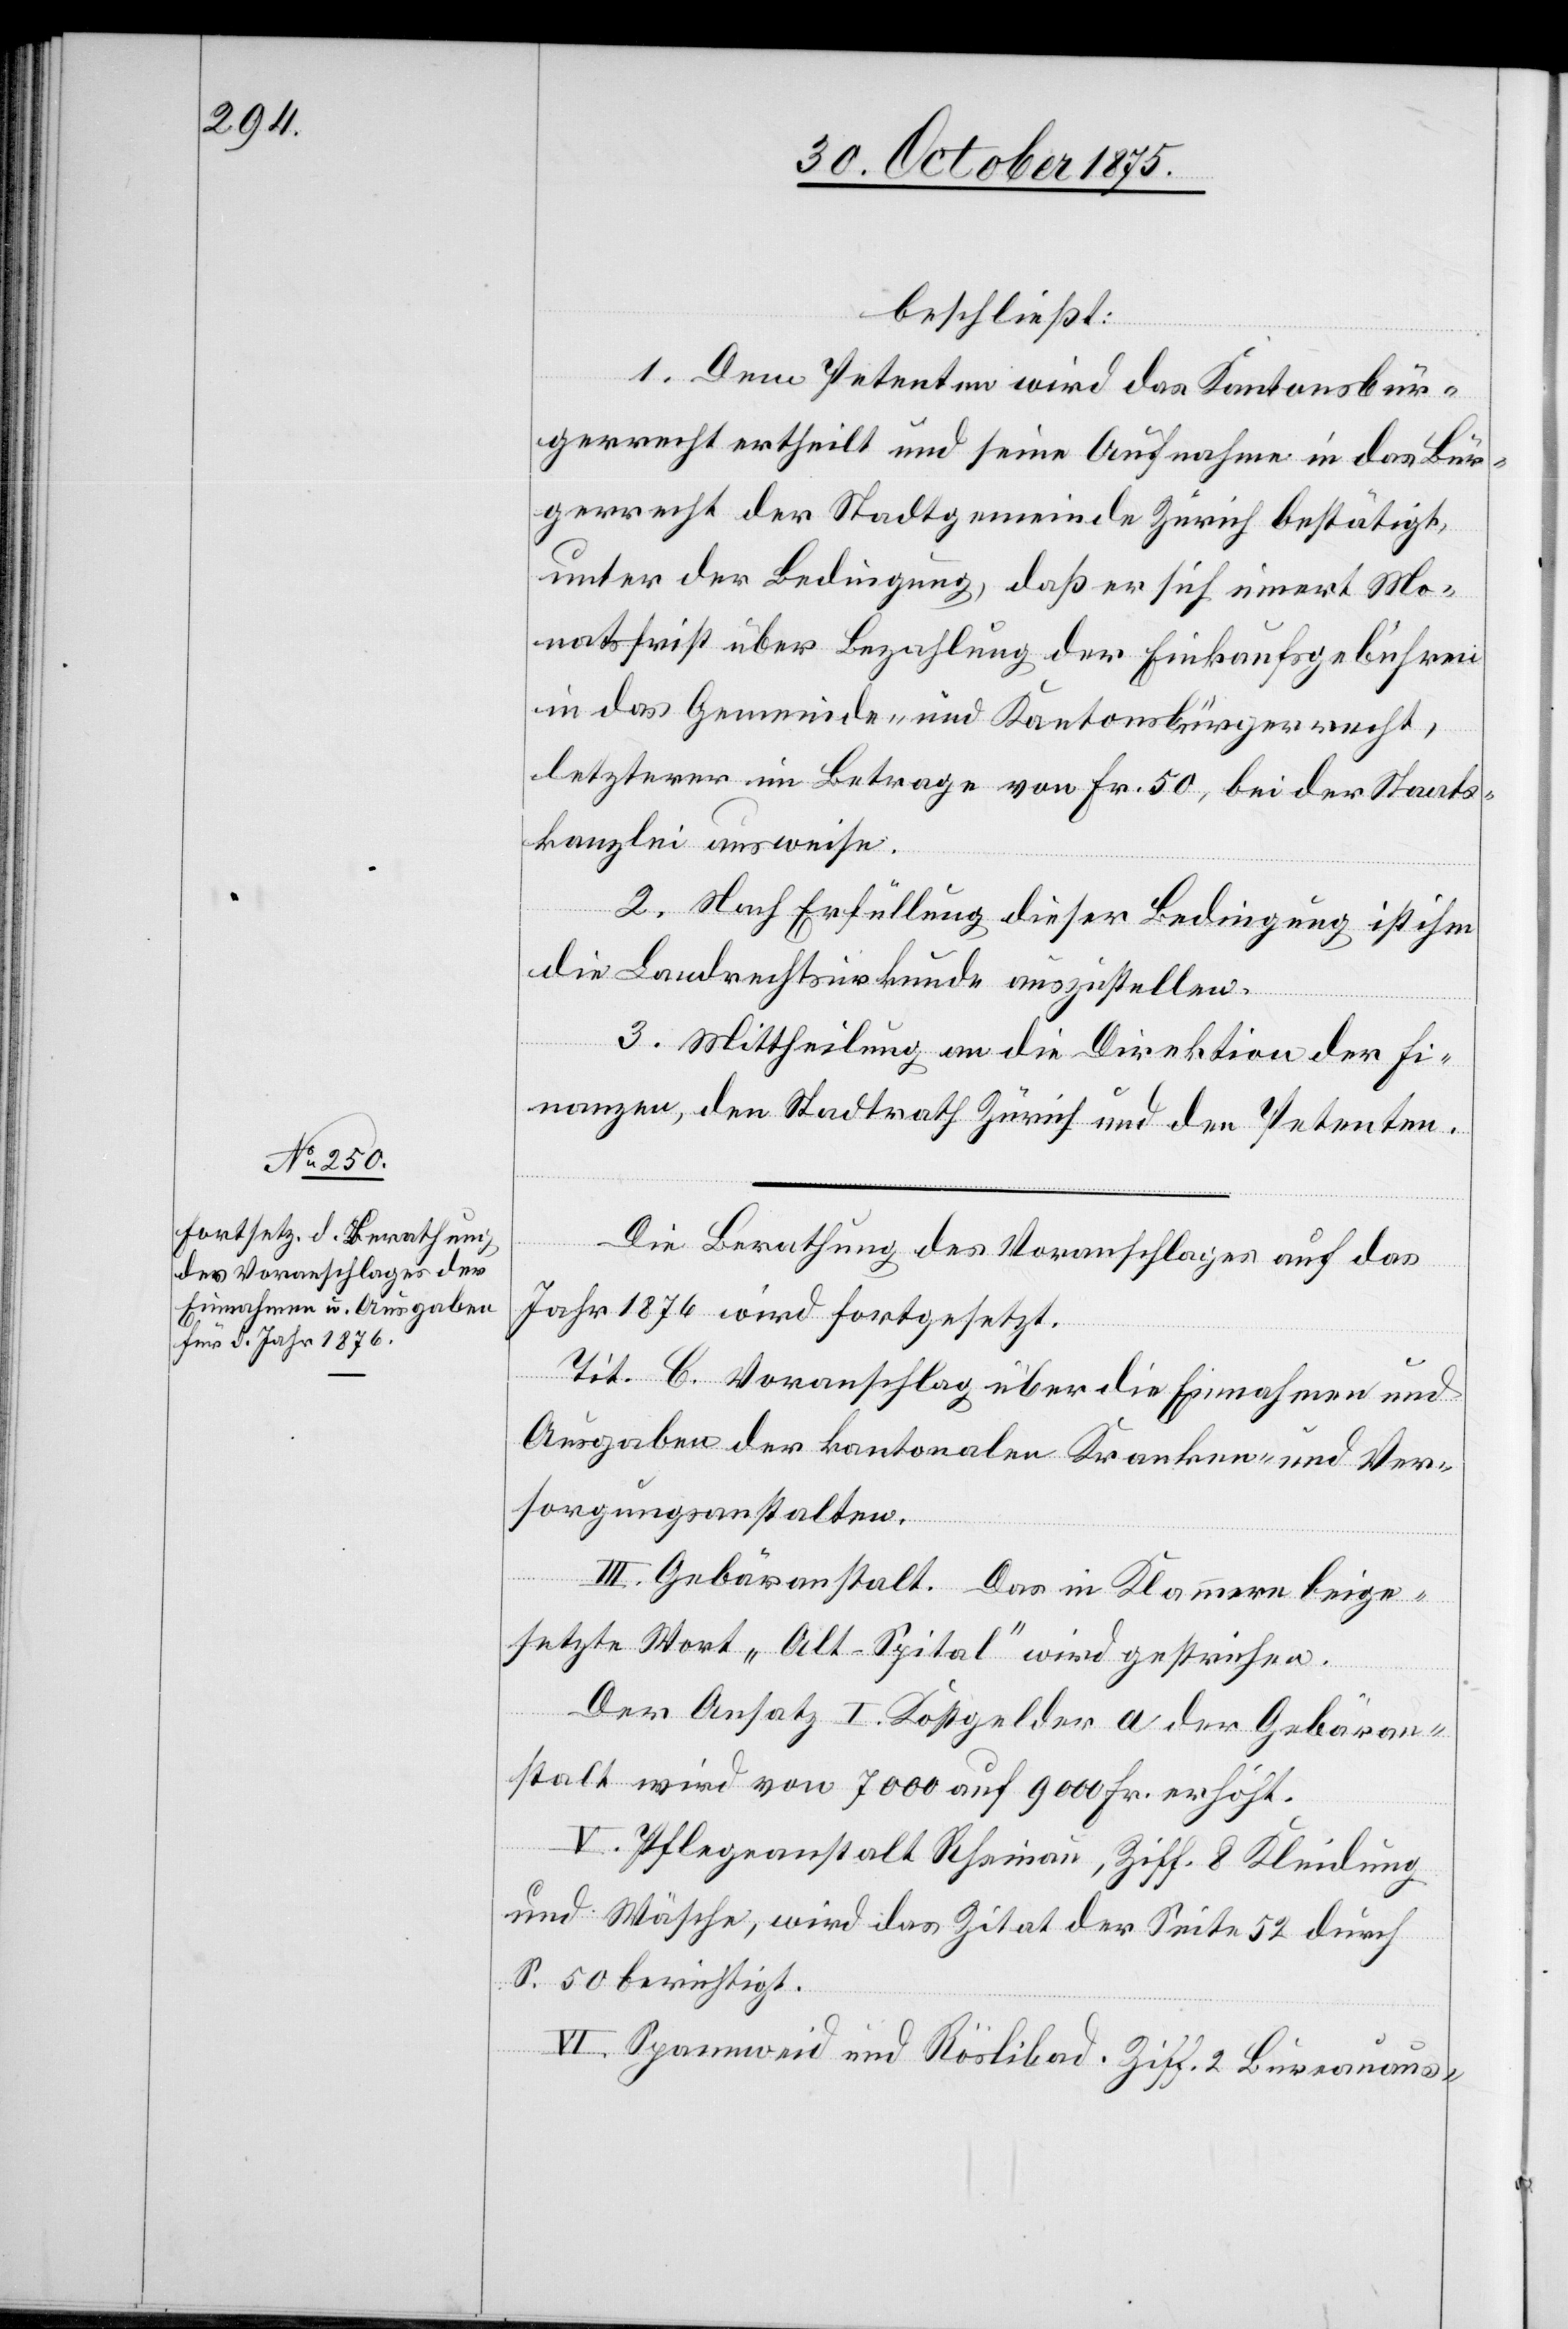
beschließt:
1. Dem Petenten wird das Kantonsbür¬
gerrecht ertheilt und seine Aufnahme in das Bür¬
gerrecht der Stadtgemeinde Zürich bestätigt,
unter der Bedingung, daß er sich innert Mo¬
natsfrist über Bezahlung der Einkaufsgebühren
in das Gemeinde- und Kantonsbürgerrecht,
letzterer im Betrage von Fr. 50, bei der Staats¬
kanzlei ausweise.
2. Nach Erfüllung dieser Bedingung ist ihm
die Landrechtsurkunde auszustellen.
3. Mittheilung an die Direktion der Fi¬
nanzen, den Stadtrath Zürich und den Petenten.
Die Berathung des Voranschlages auf das
Jahr 1876 wird fortgesetzt.
Tit. C. Voranschlag über die Einnahmen und
Ausgaben der kantonalen Kranken- und Ver¬
sorgungsanstalten.
III. Gebäranstalt. Das in Klammern beige¬
setzte Wort „Alt-Spital“ wird gestrichen.
Der Ansatz I. Kostgelder a der Gebäran¬
stalt wird von 7000 auf 9000 Fr. erhöht.
V. Pflegeanstalt Rheinau, Ziff. 8 Kleidung
und Wäsche, wird das Zitat der Seite 52 durch
S. 50 berichtigt.
VI. Spannweid und Röslibad. Ziff. 2 Bureauaus-